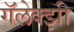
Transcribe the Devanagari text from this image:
गॅलेक्झी